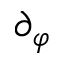
\partial _ { \varphi }